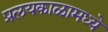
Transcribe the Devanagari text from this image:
प्रलयकाळामध्ये